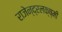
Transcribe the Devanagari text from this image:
राजेन्द्रलक्ष्मी